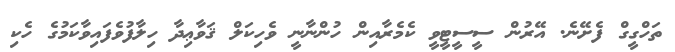
ތަހްގީގް ފެށޭނެ. އޭރުން ސީސީޓީވީ ކެމެރާއިން ހުންނާނީ ވެހިކަލް ޤަވާޢިދާ ހިލާފުވެފައިވާކަމުގެ ހެކި